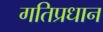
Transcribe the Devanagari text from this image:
गतिप्रधान